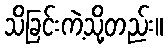
သိခြင်းကဲ့သို့တည်း။